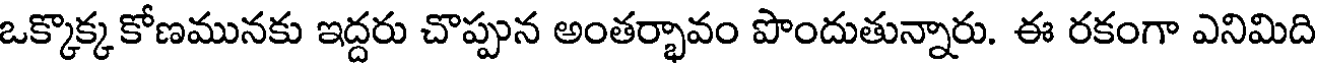
ఒక్కొక్క కోణమునకు ఇద్దరు చొప్పున అంతర్భావం పొందుతున్నారు. ఈ రకంగా ఎనిమిది